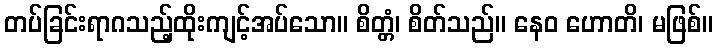
တပ်ခြင်းရာဂသည့်ထိုးကျင့်အပ်သော။ စိတ္တံ၊ စိတ်သည်။ နေဝ ဟောတိ၊ မဖြစ်။